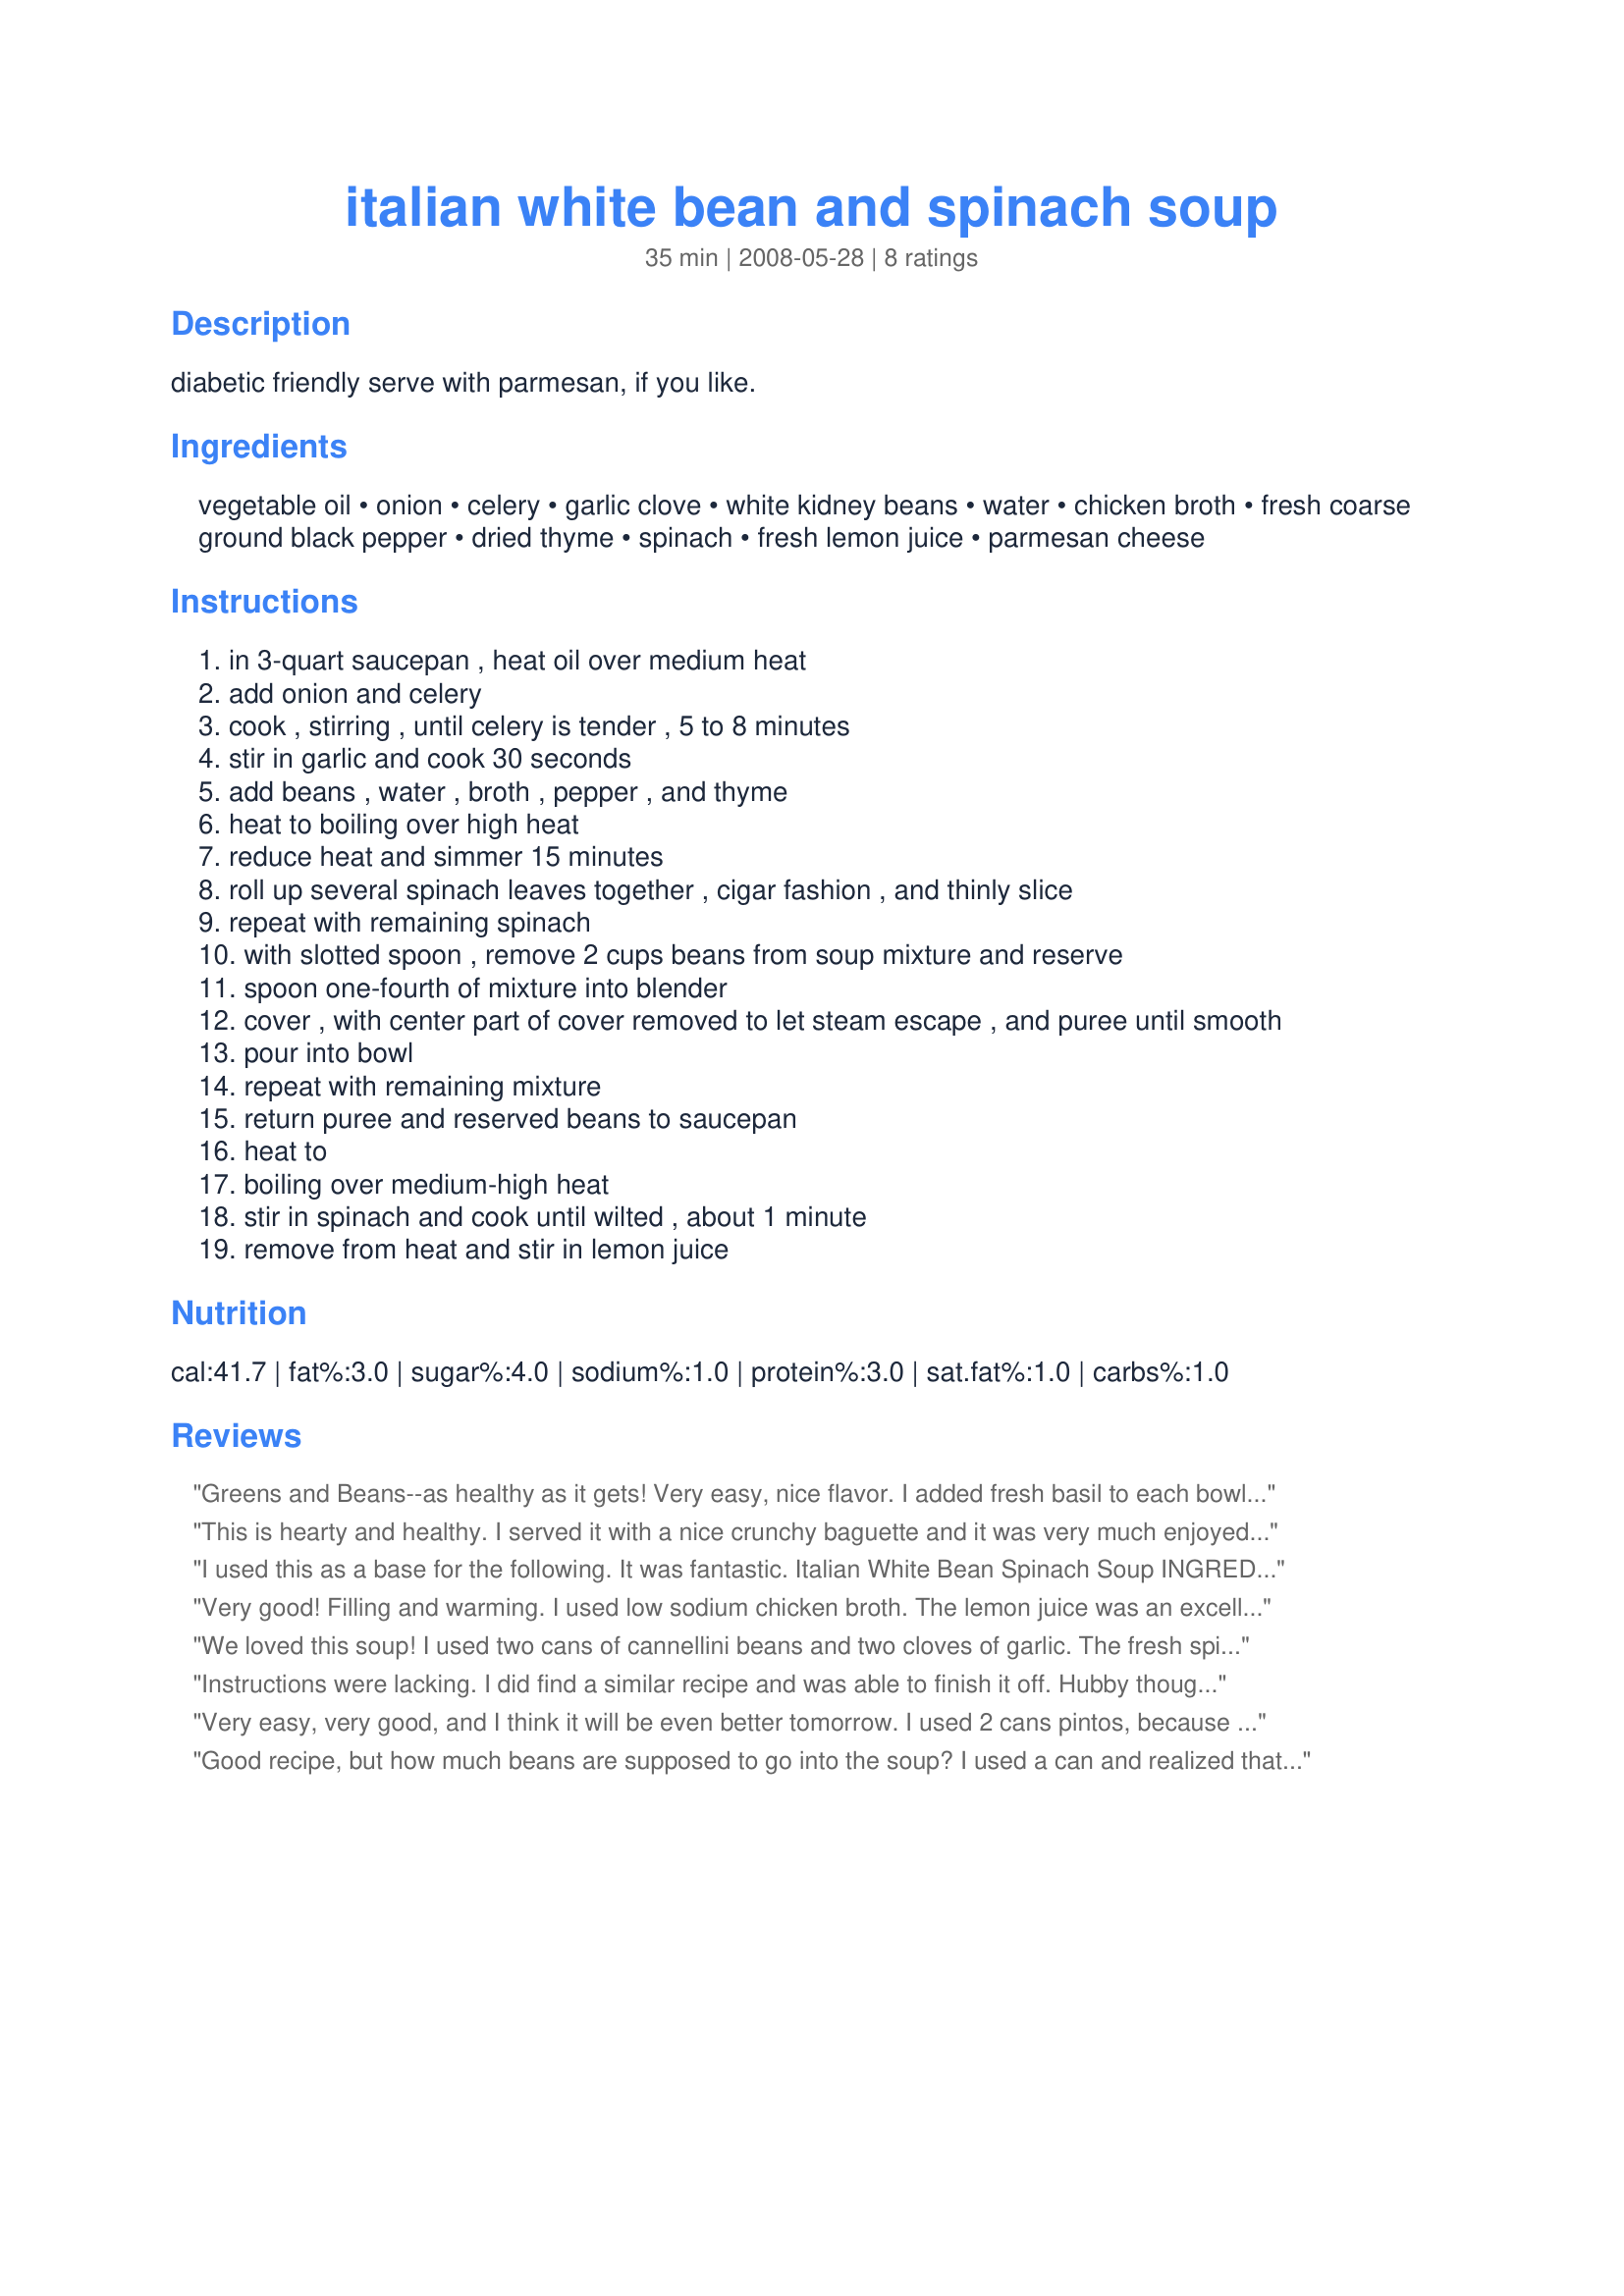
italian white bean and spinach soup
Preparation time: 35 minutes

diabetic friendly
serve with parmesan, if you like.

Ingredients:
vegetable oil, onion, celery, garlic clove, white kidney beans, water, chicken broth, fresh coarse ground black pepper, dried thyme, spinach, fresh lemon juice, parmesan cheese

Steps:
in 3-quart saucepan , heat oil over medium heat
add onion and celery
cook , stirring , until celery is tender , 5 to 8 minutes
stir in garlic and cook 30 seconds
add beans , water , broth , pepper , and thyme
heat to boiling over high heat
reduce heat and simmer 15 minutes
roll up several spinach leaves together , cigar fashion , and thinly slice
repeat with remaining spinach
with slotted spoon , remove 2 cups beans from soup mixture and reserve
spoon one-fourth of mixture into blender
cover , with center part of cover removed to let steam escape , and puree until smooth
pour into bowl
repeat with remaining mixture
return puree and reserved beans to saucepan
heat to
boiling over medium-high heat
stir in spinach and cook until wilted , about 1 minute
remove from heat and stir in lemon juice

Reviews:
Greens and Beans--as healthy as it gets! Very easy, nice flavor. I added fresh basil to each bowl as served because I had some that needed to be used. I&#039;m giving it 4 stars instead of 5 because I think I would prefer a 1-cup decrease in the water as it seemed a little to thin, just my preference. I also think more garlic would give more flavor and increase the nutritional benefit.
This is hearty and healthy. I served it with a nice crunchy baguette and it was very much enjoyed by all.
I used this as a base for the following. It was fantastic. Italian White Bean Spinach Soup INGREDIENTS 3 tablespoon olive oil Bunch of chopped parsley Salt to taste 1/2 medium chopped onion 1/2 red Spanish onion 3 stalk chopped celery 1 can rinsed and drained white kidney beans (cannellini) 3 cups Chicken Broth 1?2 teaspoon fresh ground pepper couple of handful egg noodles 10 -12 ounces spinach tough stems trimmed 1 tablespoon fresh lemon juice freshly grated parmesan cheese Add onion and celery; cook, stirring, until celery is tender,5 to 8 minutes. Stir in garlic and cook 30 seconds. Add beans, broth and pepper; heat to boiling over high heat. Add noodles Reduce heat and simmer 12 minutes. Add spinach and stir into until wilted. Remove from heat and stir in lemon juice. Top with parmesan cheese some black pepper.
Very good! Filling and warming. I used low sodium chicken broth. The lemon juice was an excellent addition - nice little zip. Thanks for sharing!
We loved this soup! I used two cans of cannellini beans and two cloves of garlic. The fresh spinach is very tasty in this recipe. Yum! Thanks Lorrie!
Instructions were lacking. I did find a similar recipe and was able to finish it off. Hubby thought it was bland so he added some garlic salt and black pepper. The recipe called for fresh spinach but we decided to try frozen instead. If I make this recipe again I will definitely use fresh as frozen did not work well.
Very easy, very good, and I think it will be even better tomorrow. I used 2 cans pintos, because I had no white beans, 5 cups home made chicken stock and added a chopped carrot & 3 cloves of garlic. The lemon juice and thyme are very important; the thyme makes it fragrant, and it was really flat before I added the lemon juice.
Good recipe, but how much beans are supposed to go into the soup? I used a can and realized that if I remove 2 cups of beans to puree, that's all the beans! This is more of a spinach soup that a bean soup.
